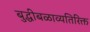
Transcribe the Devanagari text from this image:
बुद्धीबळाव्यतिरिक्त